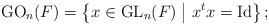
LaTeX: \begin{align*}\operatorname{GO}_n(F)=\left\{ x \in \operatorname{GL}_n(F) \bigm\vert x^t x=\operatorname{Id} \right\};\end{align*}